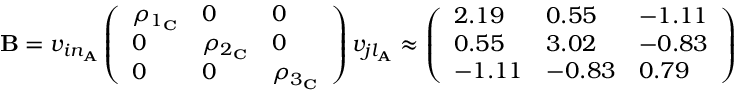
\begin{array} { r } { \mathbf { B } = v _ { i n _ { \mathbf { A } } } \left( \begin{array} { l l l } { \rho _ { 1 _ { \mathbf { C } } } } & { 0 } & { 0 } \\ { 0 } & { \rho _ { 2 _ { \mathbf { C } } } } & { 0 } \\ { 0 } & { 0 } & { \rho _ { 3 _ { \mathbf { C } } } } \end{array} \right) v _ { j l _ { \mathbf { A } } } \approx \left( \begin{array} { l l l } { 2 . 1 9 } & { 0 . 5 5 } & { - 1 . 1 1 } \\ { 0 . 5 5 } & { 3 . 0 2 } & { - 0 . 8 3 } \\ { - 1 . 1 1 } & { - 0 . 8 3 } & { 0 . 7 9 } \end{array} \right) } \end{array}